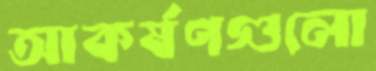
আকর্ষণগুলো